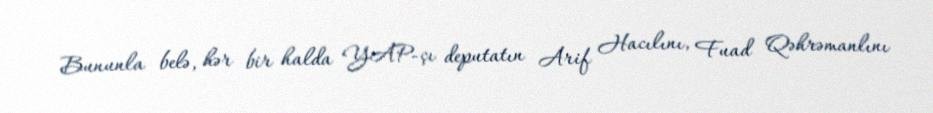
Bununla belə, hər bir halda YAP-çı deputatın Arif Hacılını, Fuad Qəhrəmanlını